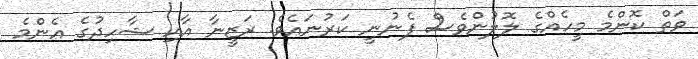
ވަތް ކޮންމެ މީހެއްގެ ލޮލުންވެސް ފެނުނީ ކަރުނައެވެ. ރަޒީނާ އާއި ޝާހިދުގެ އެންމެ